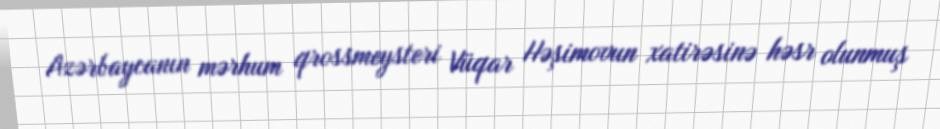
Azərbaycanın mərhum qrossmeysteri Vüqar Həşimovun xatirəsinə həsr olunmuş